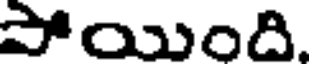
పోయింది.